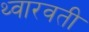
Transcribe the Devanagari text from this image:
थ्वारवती